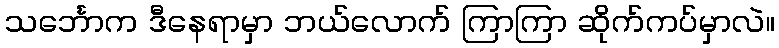
သင်္ဘောက ဒီနေရာမှာ ဘယ်လောက် ကြာကြာ ဆိုက်ကပ်မှာလဲ။